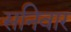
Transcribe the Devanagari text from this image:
सनिवार